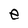
Character: e